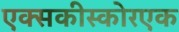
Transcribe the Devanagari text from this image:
एक्सकीस्कोरएक